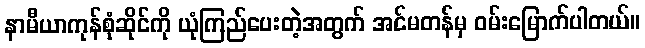
နာမီယာကုန်စုံဆိုင်ကို ယုံကြည်ပေးတဲ့အတွက် အင်မတန်မှ ဝမ်းမြောက်ပါတယ်။